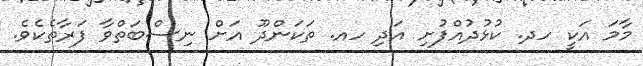
މާމަ އަކީ ހދ. ކުޅުދުއްފުށި އަދި ހއ. ތަކަންދޫ އަށް ނިސްބަތްވާ ފަރާތެކެވެ.